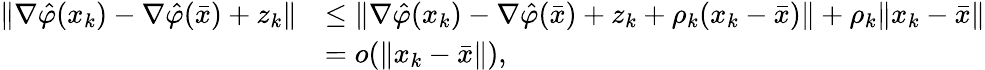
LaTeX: \begin{array}{rl}{\| \nabla\hat{\varphi}(x_{k})-\nabla\hat{\varphi}(\bar{x})+z_{k}\| }&{\leq\| \nabla\hat{\varphi}(x_{k})-\nabla\hat{\varphi}(\bar{x})+z_{k}+\rho_{k}(x_{k}-\bar{x})\| +\rho_{k}\| x_{k}-\bar{x}\| }\\ &{=o(\| x_{k}-\bar{x}\| ),}\end{array}